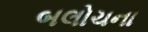
બલોચના